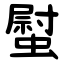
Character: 螱